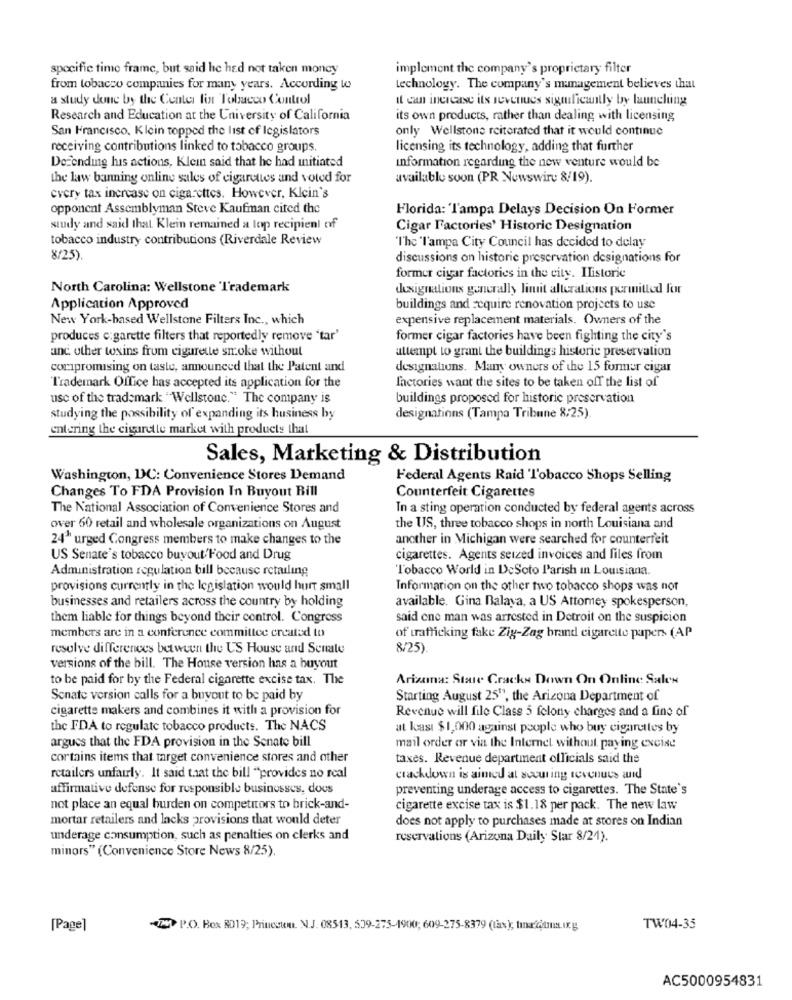
specific time frame, but said he had not taken money
implement the company's proprietary filter
from tobacco companies for many years. According Wo
technology. The company's management believes that
a study done by the Center fint Tobacco Control
it can increase its revenues significantly by launclung
Research and Education at the University of California
its own products, rather than dealing with licensing
San Francisco. Klein topped the list of legislators
only Wellstone reiterated that it would continue
receiving contributions linked to tobacco groups.
licensing its technology, adding that further
Defending his actions, Klein said that he had initiated
information regarding the new venture would be
the law banning online sales of cigarettes and voted for
available soon (PR Newswire 8/19).
every tax increase on cigarettes. However, Klein's
opponent Assemblyman Steve Kaufman cited the
Florida: Tampa Delays Decision On Former
study and said that Klein remained a top recipient of
Cigar Factories' Historic Designation
tobacco industry contributions (Riverdale Review
The l'ampa City Council has decided to delay
8/25).
discussions on historic preservation designations for
former cigar factories in the city. Ilistorie
North Carolina: Wellstone Trademark
designations generally limit alterations permitted for
Application Approved
buildings and require renovation projects to use
New York-based Wellstone Filters Inc ., which
expensive replacement materials. Owners of the
produces cigarette filters that reportedly remove 'tar'
former cigar factories have been fighting the city's
and other toxins from cigarette smoke without
attempt to grant the buildings historic preservation
compromising on taste, announced that the Patent and
designaliuns. Many owners of the 15 former cigar
factories want the sites to be taken off the list of
I'rademark Office has accepted its application for the
use of the trademark "Wellstone." The company is
buildings proposed for historic preservation
studying the possibility of expanding its business by
designations (Tampa Tribune 8:25)
entering the cigarette market with products that
Sales, Marketing & Distribution
Washington, DC: Convenience Stores Demand
Federal Agents Raid Tobacco Shops Selling
Changes To FDA Provision In Buyout Bill
Counterfeit Cigarettes
The National Association of Convenience Stores and
In a sting operation conducted by federal agents across
over 60 retail and wholesale organizations on August
the US, three tobacco shops in north Louisiana and
241 urged Congress members to make changes to the
another in Michigan were searched for counterfeit
US Senate's tobacco buyout/Food and Drug
cigarettes. Agents seized invoices and files from
Administration regulation bill because retailing
Tobacco World in DeSoto Parish in Louisiana.
provisions currently in the legislation would hurt small
Information on the other two tobacco shops was not
businesses and retailers across the country by holding
available. Gina Balaya, a US Attorney spokesperson,
them liable for things beyond their control. Congress
said one man was arrested in Detroit on the suspicion
members are in a conference committee created to
of trafficking fake Zig-Zag brand cigarette papers (AP
resolve differences between the US House and Senate
8/25)
versions of the bill. The House version has a buyout
to be paid for by the Federal cigarette excise tax. The
Arizona: Stare Cracks Down On Online Sales
Sonate version calls for a buyout to be paid by
Starting August 25", the Arizona Department of
cigarette makers and combines it with a provision for
Revenue will file Class 5 felony charges and a fine of
the FDA to regulate tobacco products. The NACS
at least $1,000 against people who buy cigarettes by
argues that the FDA provision in the Senate bill
mail order or via the Internet without paying excise
cortains items that target convenience stores and other
taxes. Revenue department officials said the
retailers unfairly. It said that the bill "provides no real
crackdown is aimed at scouting revenues and
affirmative defense for responsible businesses, does
preventing underage access to cigarettes. The State's
not place an equal burden on competitors to brick-and-
cigarette excise tax is $1.18 per pack. The new law
mortar retailers and lacks provisions that would deter
does not apply to purchases made at stores on Indian
underage consumption, such as penalties on clerks and
reservations (Arizona Daily Star 8/21).
minors" (Convenience Store News 8/25).
[Page]
-02 P.O. Box RD19; Prinestem. N.J. 08513, 509-275-1900; 609-275-8379 (tax); tinafiamma.ucg
TW04-35
AC5000954831